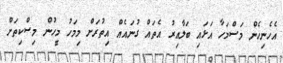
އެހެނިހެން މަސްމަހާ އަޅައި ބަލާއިރު އެތައް ގުނައެއް އިތުރަށް މިމަހު މީހުން މިސްކިތަށް